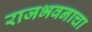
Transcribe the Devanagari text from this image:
राजभवनाचा